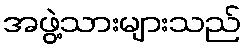
အဖွဲ့သားများသည်